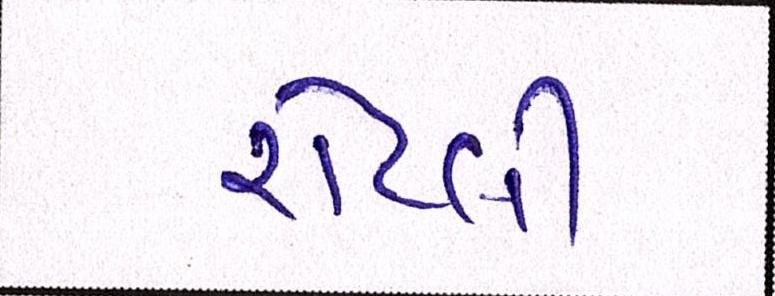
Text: રોટલી